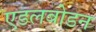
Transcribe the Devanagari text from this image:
एडलबोडन